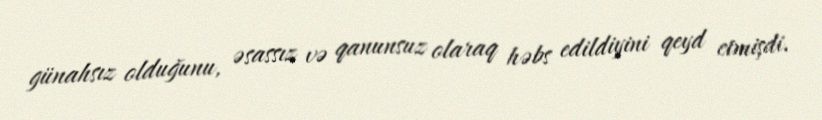
günahsız olduğunu, əsassız və qanunsuz olaraq həbs edildiyini qeyd etmişdi.